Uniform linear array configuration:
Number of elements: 32
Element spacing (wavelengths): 0.75
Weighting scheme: uniform
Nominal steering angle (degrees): -45
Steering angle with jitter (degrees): -45.821
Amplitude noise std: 0.05
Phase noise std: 0.05

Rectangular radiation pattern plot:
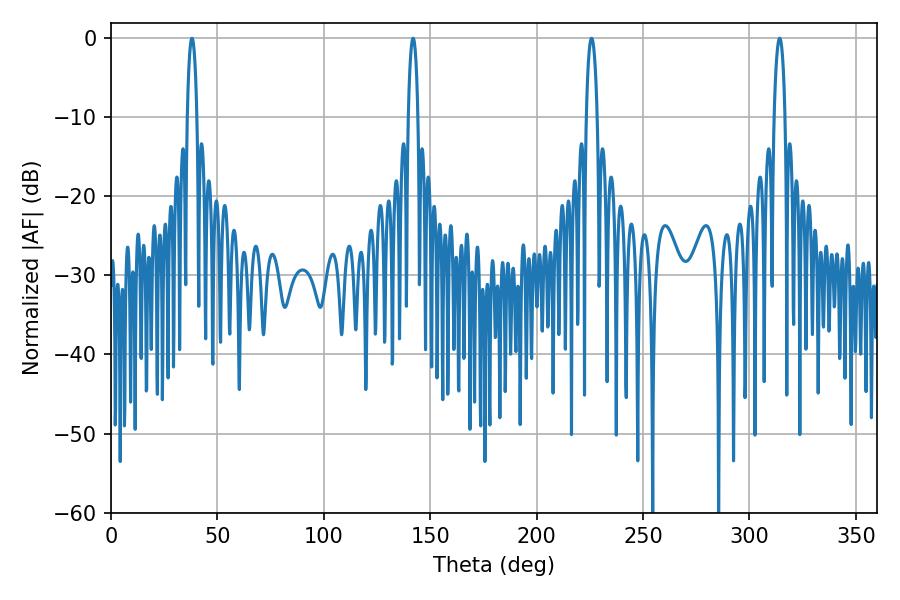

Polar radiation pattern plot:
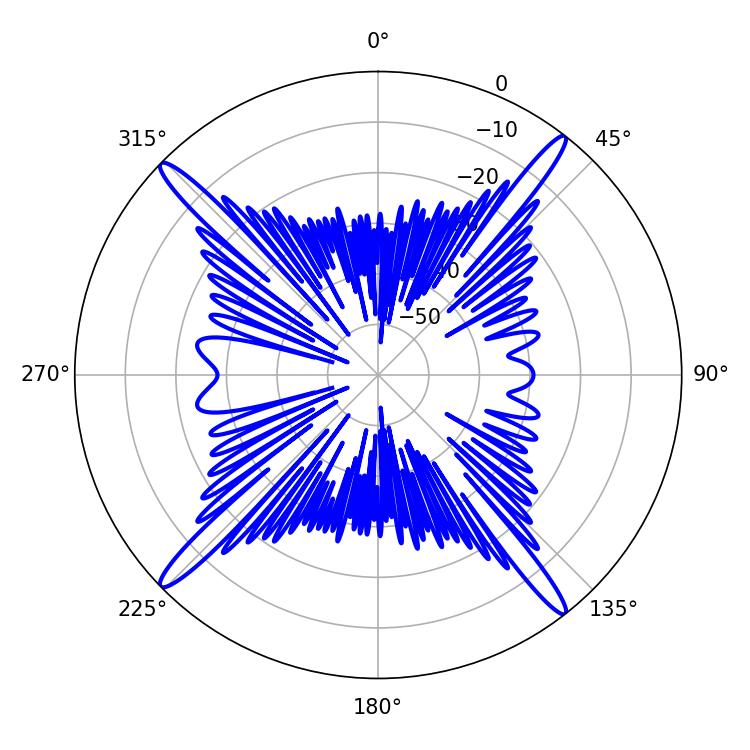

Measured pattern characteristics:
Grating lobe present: TRUE
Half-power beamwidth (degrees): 2.52
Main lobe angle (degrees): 142.02